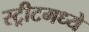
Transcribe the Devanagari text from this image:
स्ट्रीटमध्ये